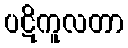
ပဋိကူလတာ